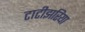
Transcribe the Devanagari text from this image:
टाटीझरिया